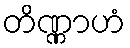
တိဏ္ဏာဟံ